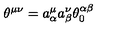
{ \theta } ^ { { \mu } { \nu } } = { a } _ { \alpha } ^ { \mu } { a } _ { \beta } ^ { \nu } { \theta } _ { 0 } ^ { { \alpha } { \beta } }